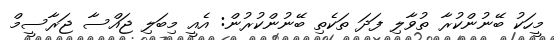
މީހަކު ބޭނުންކުރާ ތުވާލި ފަދަ ތަކެތި ބޭނުންކުރުން: އެއީ މިބަލި ޖައްސާ ޖަރާސީމް